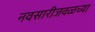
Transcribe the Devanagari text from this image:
नवसारीजवळच्या